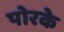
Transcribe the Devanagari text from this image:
पोरके